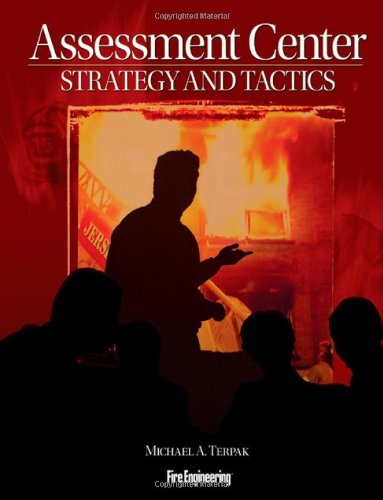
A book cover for Assessment Center Strategy and Tactics; Michael Terpak; Law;